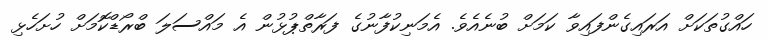
ހައްގުތަކަށް އަރައިގެންފައިވާ ކަމަށް ބުނެއެވެ. އެމަނިކުފާނުގެ ފަރާތްޕުޅުން އެ މައްސަލަ ބްރޯޑްކޮމަށް ހުށަހެޅި